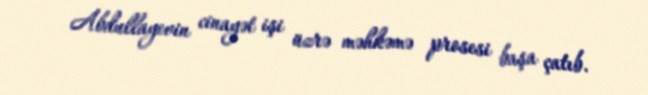
Abdullayevin cinayət işi üzrə məhkəmə prosesi başa çatıb.